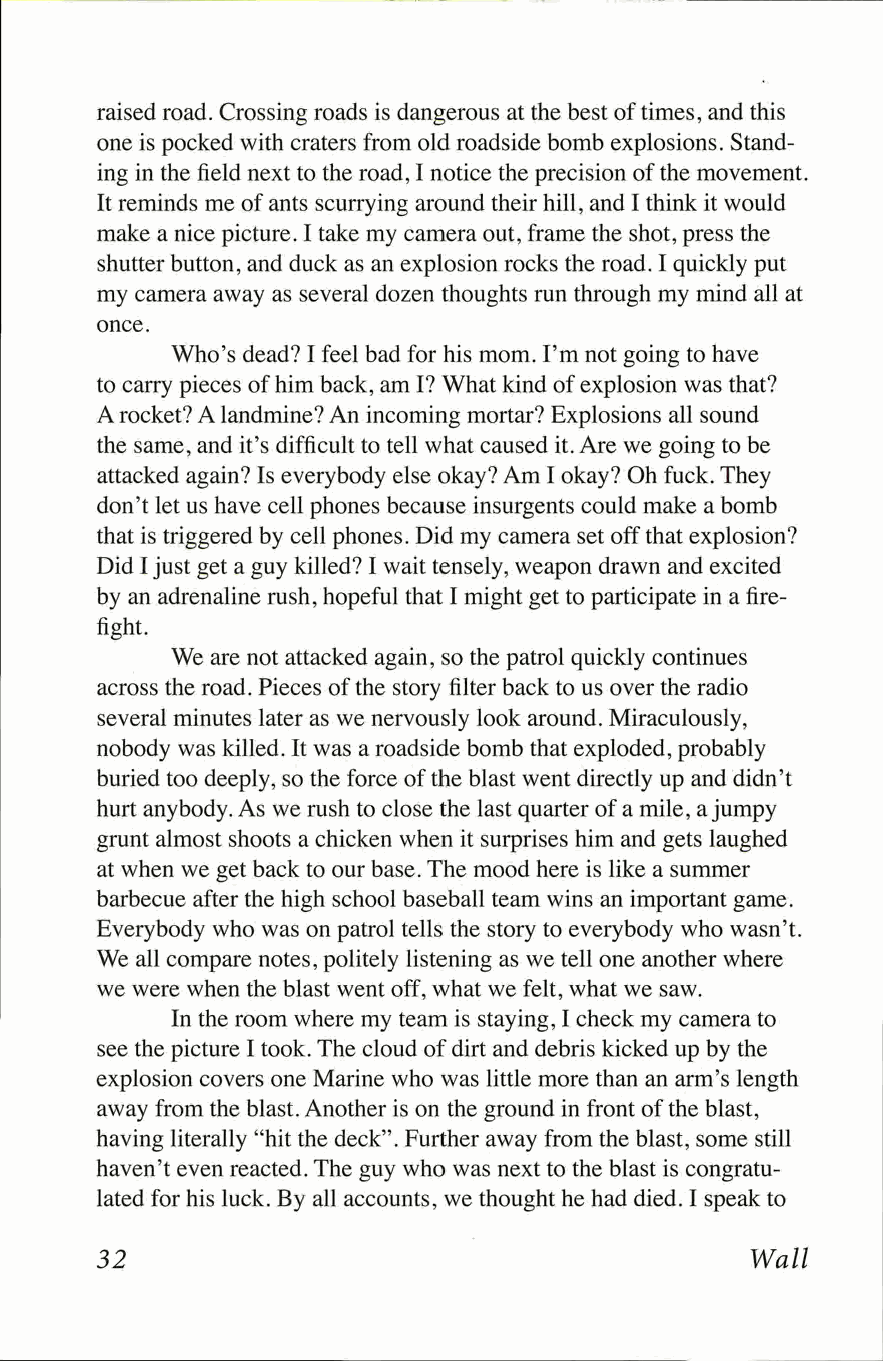
raised road. Crossing roads is dangerous at the best of times, and this
 one is pocked with craters from old roadside bomb explosions. Stand­
 ing in the field next to the road, I notice the precision of the movement.
 It reminds me of ants scurrying around their hill, and I think it would
 make a nice picture. I take my camera out, frame the shot, press the
 shutter button, and duck as an explosion rocks the road. I quickly put
 my camera away as several dozen thoughts run through my mind all at
 once.
 Who's dead? I feel bad for his mom. I'm not going to have
 to carry pieces of him back, am I? What kind of explosion was that?
 A rocket? A landmine? An incoming mortar? Explosions all sound
 the same, and it's difficult to tell what caused it. Are we going to be
 attacked again? Is everybody else okay? Am I okay? Oh fuck. They
 don't let us have cell phones because insurgents could make a bomb
 that is triggered by cell phones. Did my camera set off that explosion?
 Did I just get a guy killed? I wait tensely, weapon drawn and excited
 by an adrenaline rush, hopeful that I might get to participate in a fire-
 fight.
 We are not attacked again, so the patrol quickly continues
 across the road. Pieces of the story filter back to us over the radio
 several minutes later as we nervously look around. Miraculously,
 nobody was killed. It was a roadside bomb that exploded, probably
 buried too deeply, so the force of the blast went directly up and didn't
 hurt anybody. As we rush to close the last quarter of a mile, a jumpy
 grunt almost shoots a chicken when it surprises him and gets laughed
 at when we get back to our base. The mood here is like a summer
 barbecue after the high school baseball team wins an important game.
 Everybody who was on patrol tells the story to everybody who wasn't.
 We all compare notes, politely listening as we tell one another where
 we were when the blast went off, what we felt, what we saw.
 In the room where my team is staying, I check my camera to
 see the picture I took. The cloud of dirt and debris kicked up by the
 explosion covers one Marine who was little more than an arm's length
 away from the blast. Another is on the ground in front of the blast,
 having literally "hit the deck". Further away from the blast, some still
 haven't even reacted. The guy who was next to the blast is congratu­
 lated for his luck. By all accounts, we thought he had died. I speak to
 32                                         Wall